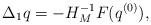
LaTeX: \begin{align*}\Delta_1q=-H_M^{-1}{F}(q^{(0)}),\end{align*}